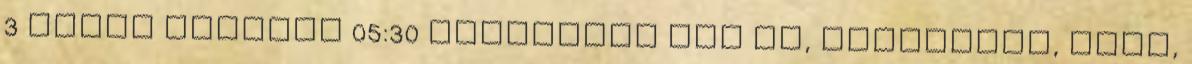
3 évvel ezelőtt 05:30 HellPorno két nő, hármasban, csók,